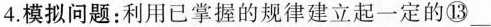
4.模拟问题：利用已掌握的规律建立起一定的⑬___